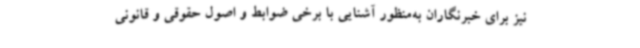
نیز برای خبرنگاران به‌منظور آشنایی با برخی ضوابط و اصول حقوقی و قانونی